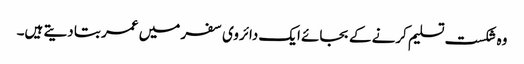
وہ شکست تسلیم کرنے کے بجائے ایک دائروی سفر میں عمر بتا دیتے ہیں۔